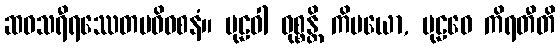
ဆဝသရီရဿေတမဓိဝစနံ။ ပုဠဝါ ဝုစ္စန္တိ ကိမယော, ပုဠဝေ ကိရတီတိ